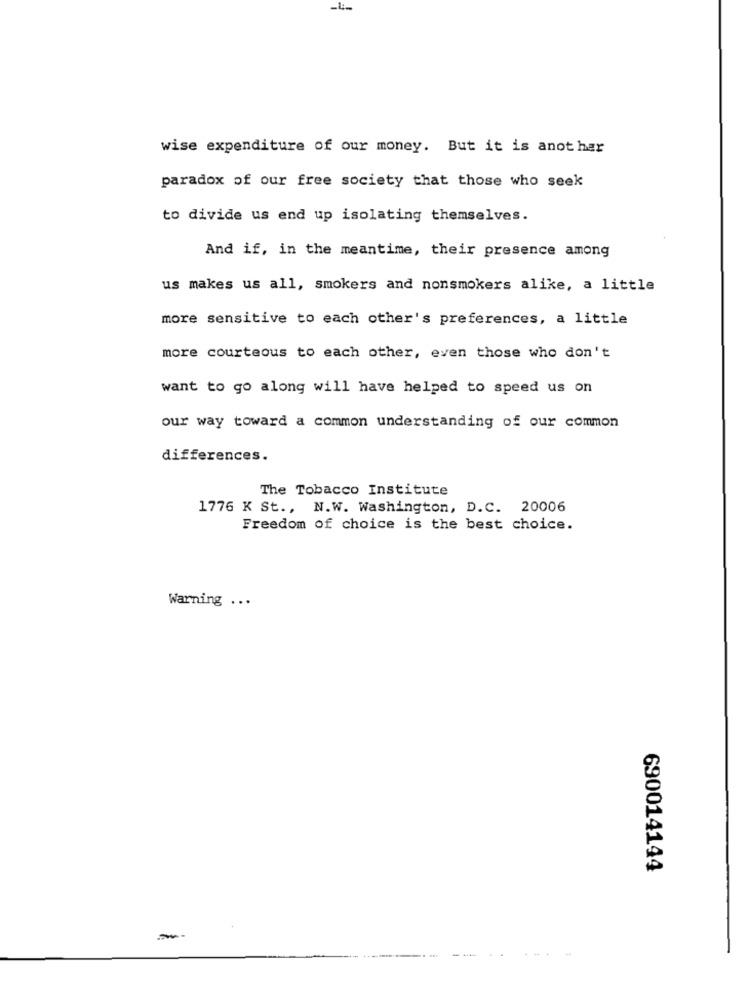
wise expenditure of our money. But it is another
paradox of our free society that those who seek
to divide us end up isolating themselves.
And if, in the meantime, their presence among
us makes us all, smokers and nonsmokers alike, a little
more sensitive to each other's preferences, a little
more courteous to each other, even those who don't
want to go along will have helped to speed us on
our way toward a common understanding of our common
differences.
The Tobacco Institute
1776 K St ., N.W. Washington, D.C. 20006
Freedom of choice is the best choice.
Warning ...
690014144